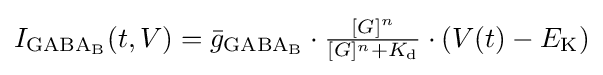
I_{\mathrm {GABA_{B}} }(t,V)={\bar {g}}_{\mathrm {GABA_{B}} }\cdot {\tfrac {[G]^{n}}{[G]^{n}+K_{\mathrm {d} }}}\cdot (V(t)-E_{\mathrm {K} })